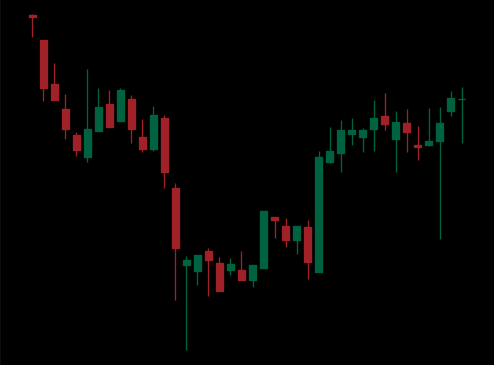
Pattern: inverse_head_shoulders